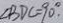
\angle B D C = 9 0 ^ { \circ } .